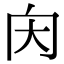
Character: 𡗠